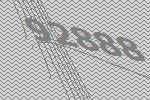
92888